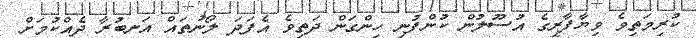
ކުރިމަތިވެ ވިޔާފާރީގެ އުސޫލުން ކުންފުނި ހިންގަން ދަތިވެ އެފަދަ ލޯނުތައް އަނބުރާ ދެއްކުމަށް